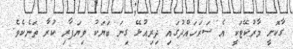
ގާކޮށީ މާރުކޭޓަކީ އެ ސަރަހައްދުގައި ދިރިއުޅޭ ގިނަ ބަޔަކު ވިޔަފާރި ކުރާ ތަނެކެވެ.